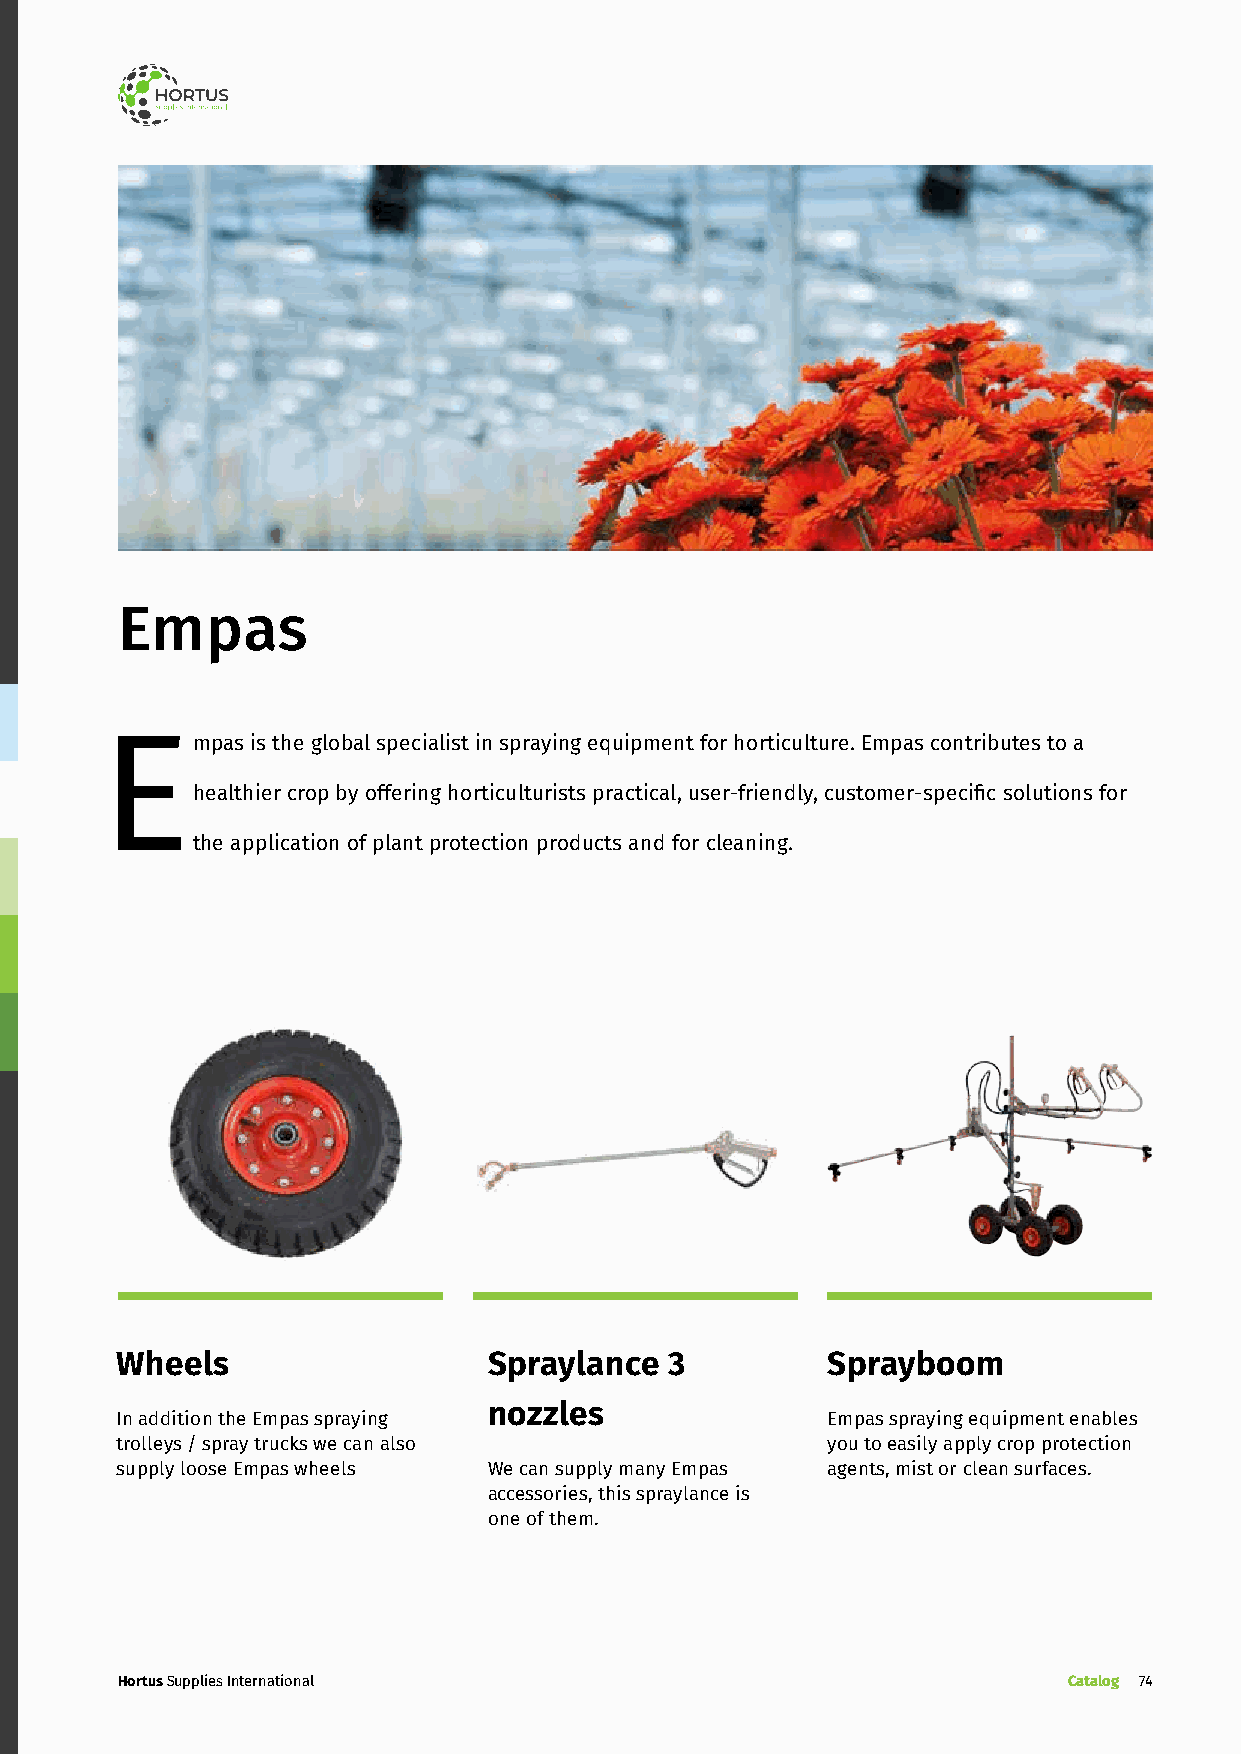
Empas
 Empas     is the global specialist in spraying equipment for horticulture. Empas contributes to a
 healthier crop by offering horticulturists practical, user-friendly, customer-specific solutions for
 the application of plant protection products and for cleaning.
 Wheels                  Spraylance  3          Sprayboom
 nozzles
 In addition the Empas spraying                 Empas spraying equipment enables
 trolleys / spray trucks we can also            you to easily apply crop protection
 supply loose Empas wheels We can supply many Empas agents, mist or clean surfaces.
 accessories, this spraylance is
 one of them.
 Hortus Supplies International                                  Catalog 74